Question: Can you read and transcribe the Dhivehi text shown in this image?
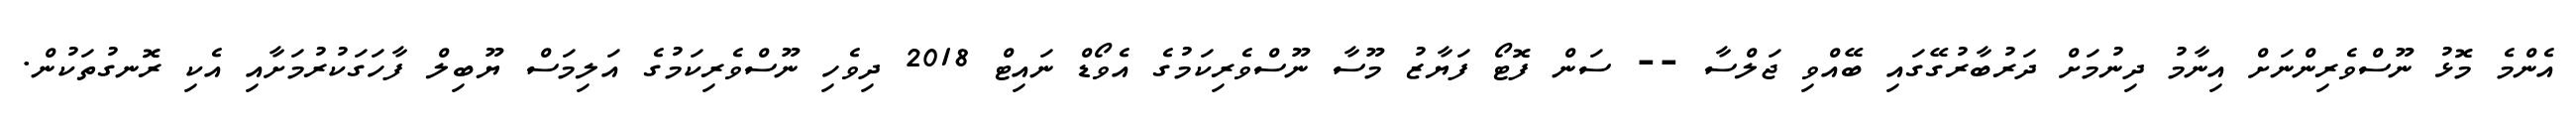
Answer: އެންމެ މޮޅު ނޫސްވެރިންނަށް އިނާމު ދިނުމަށް ދަރުބާރުގޭގައި ބޭއްވި ޖަލްސާ -- ސަން ފޮޓޯ ފަޔާޒު މޫސާ ނޫސްވެރިކަމުގެ އެވޯޑް ނައިޓް 2018 ދިވެހި ނޫސްވެރިކަމުގެ އަލިމަސް ޔޫބިލް ފާހަގަކުރުމަށާއި އެކި ރޮނގުތަކުން.